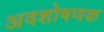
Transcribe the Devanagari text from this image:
अवशोषणक